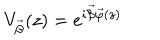
V _ { \vec { \beta } } ( z ) = e ^ { i \vec { \beta } \vec { \varphi } ( z ) }